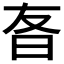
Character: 𬁡